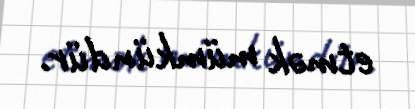
etmək mümkündür.